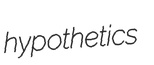
hypothetics